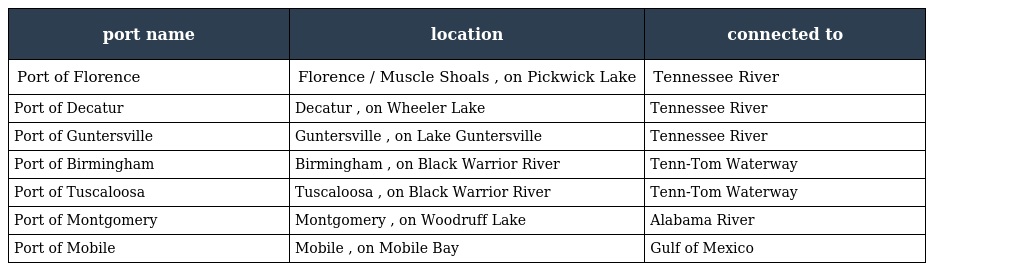
| port name | location | connected to |
 | --- | --- | --- |
 | Port of Florence | Florence / Muscle Shoals , on Pickwick Lake | Tennessee River |
 | Port of Decatur | Decatur , on Wheeler Lake | Tennessee River |
 | Port of Guntersville | Guntersville , on Lake Guntersville | Tennessee River |
 | Port of Birmingham | Birmingham , on Black Warrior River | Tenn-Tom Waterway |
 | Port of Tuscaloosa | Tuscaloosa , on Black Warrior River | Tenn-Tom Waterway |
 | Port of Montgomery | Montgomery , on Woodruff Lake | Alabama River |
 | Port of Mobile | Mobile , on Mobile Bay | Gulf of Mexico |